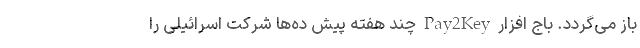
باز می‌گردد. باج افزار Pay2Key چند هفته پیش ده­‌ها شرکت اسرائیلی را